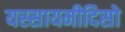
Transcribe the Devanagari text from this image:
यस्सायमीदिसो